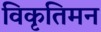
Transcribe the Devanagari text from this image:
विकृतिमन